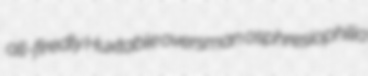
all-firedly Huxtable oversman osphresiophilia